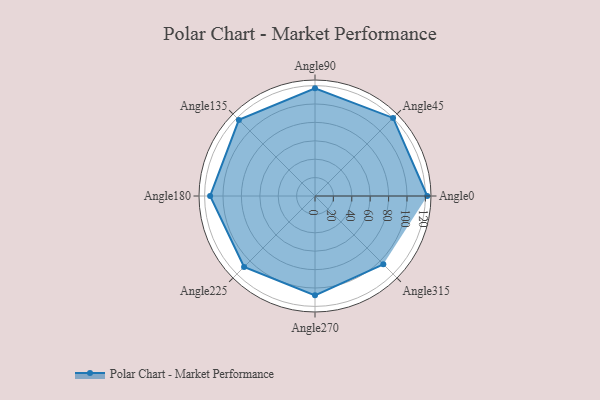
{"axis": {"x": "Angle", "y": "Radius"}, "legend": [""], "data": [{"x": "Angle0", "y": 122.0, "type": ""}, {"x": "Angle45", "y": 120.0, "type": ""}, {"x": "Angle90", "y": 117.0, "type": ""}, {"x": "Angle135", "y": 117.0, "type": ""}, {"x": "Angle180", "y": 114.0, "type": ""}, {"x": "Angle225", "y": 109.0, "type": ""}, {"x": "Angle270", "y": 108.0, "type": ""}, {"x": "Angle315", "y": 105.0, "type": ""}]}